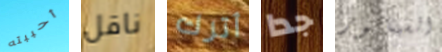
أحببته ناقل أترك جدا السيناتور